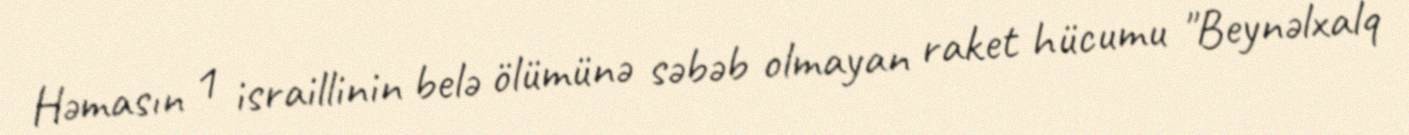
Həmasın 1 israillinin belə ölümünə səbəb olmayan raket hücumu "Beynəlxalq